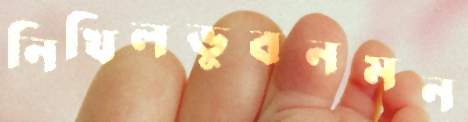
নিখিলভুবনমন